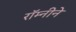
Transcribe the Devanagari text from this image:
रॉम्नीने